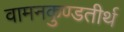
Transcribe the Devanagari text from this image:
वामनकुण्डतीर्थ